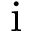
\mathrm { i }